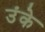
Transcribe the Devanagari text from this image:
उंके